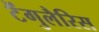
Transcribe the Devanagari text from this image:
टैंगुलैरिस